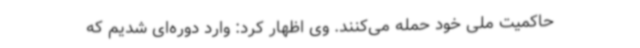
حاکمیت ملی خود حمله‌ می‌کنند. وی اظهار کرد:‌ وارد دوره‌ای شدیم که